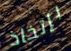
بإتخاذ